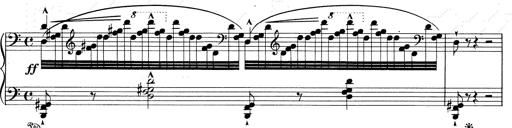
Title: RÃ©miniscences de Don Juan
Composer: Franz Liszt